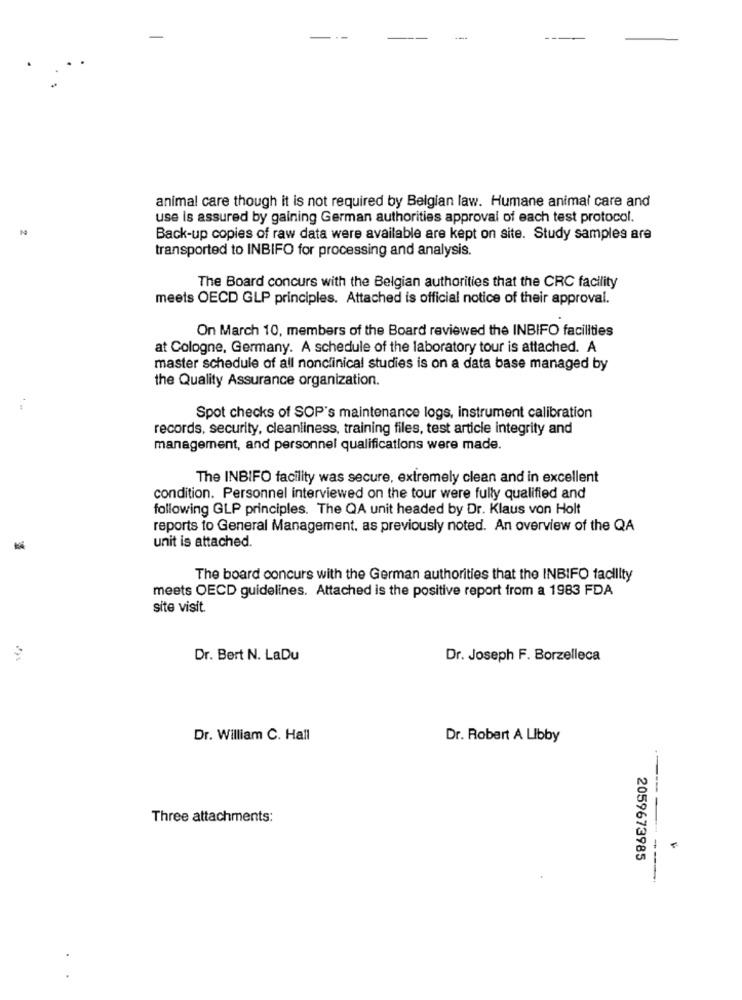
animal care though it is not required by Belgian law. Humane animal care and
use is assured by gaining German authorities approval of each test protocol.
Back-up copies of raw data were available are kept on site. Study samples are
transported to INBIFO for processing and analysis.
The Board concurs with the Belgian authorities that the CRC facility
meets OECD GLP principles. Attached is official notice of their approval.
On March 10, members of the Board reviewed the INBIFO facilities
at Cologne, Germany. A schedule of the laboratory tour is attached. A
master schedule of all nonclinical studies is on a data base managed by
the Quality Assurance organization.
Spot checks of SOP's maintenance logs, instrument calibration
records, security, cleanliness, training files, test article integrity and
management, and personnel qualifications were made.
The INBIFO facility was secure, extremely clean and in excellent
condition. Personnel interviewed on the tour were fully qualified and
following GLP principles. The QA unit headed by Dr. Klaus von Holt
reports to General Management. as previously noted. An overview of the QA
-
unit is attached.
The board concurs with the German authorities that the INBIFO facility
meets OECD guidelines. Attached is the positive report from a 1983 FDA
site visit.
Dr. Bert N. LaDu
Dr. Joseph F. Borzelleca
Dr. William C. Hall
Dr. Robert A Libby
Three attachments:
2059673985